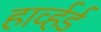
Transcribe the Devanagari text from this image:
हार्व्हर्ड